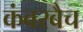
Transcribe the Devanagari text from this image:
कंबरबैच